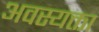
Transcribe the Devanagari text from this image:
अवस्यक्ता